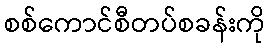
စစ်ကောင်စီတပ်စခန်းကို